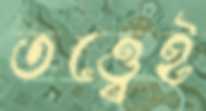
তত্ত্বেই